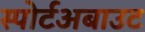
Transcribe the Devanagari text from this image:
स्पोर्टअबाउट